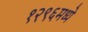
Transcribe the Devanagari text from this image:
१२९६मध्ये